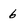
Character: 6